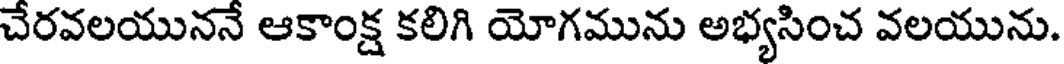
చేరవలయుననే ఆకాంక్ష కలిగి యోగమును అభ్యసించ వలయును.